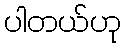
ပါတယ်ဟု